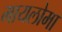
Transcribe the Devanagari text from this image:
मायलोमा